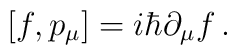
\left[ f, p_{\mu} \right]=i\hbar \partial_{\mu} f\,.